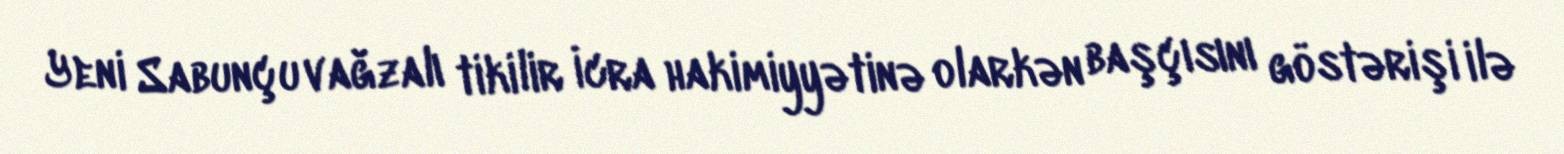
Yeni Sabunçu vağzalı tikilir İcra hakimiyyətinə olarkən başçısını göstərişi ilə